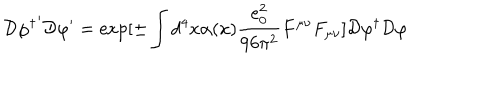
LaTeX: { \cal D } { \varphi ^ { \dagger } } ^ { \prime } { \cal D } \varphi ^ { \prime } = \exp [ \pm \int d ^ { 4 } x \alpha ( x ) \frac { e _ { 0 } ^ { 2 } } { 9 6 \pi ^ { 2 } } F ^ { \mu \nu } F _ { \mu \nu } ] { \cal D } { \varphi ^ { \dagger } } { \cal D } \varphi